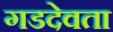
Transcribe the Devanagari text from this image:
गडदेवता